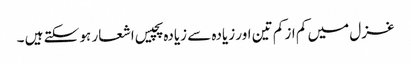
غزل میں کم از کم تین اور زیادہ سے زیادہ پچیس اشعار ہو سکتے ہیں ۔